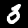
Label: 3